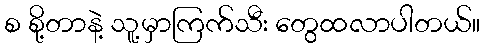
စ စို့တာနဲ့ သူ့မှာကြက်သီး တွေထလာပါတယ်။